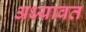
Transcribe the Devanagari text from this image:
अध्यावत